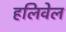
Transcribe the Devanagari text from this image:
हलिवेल